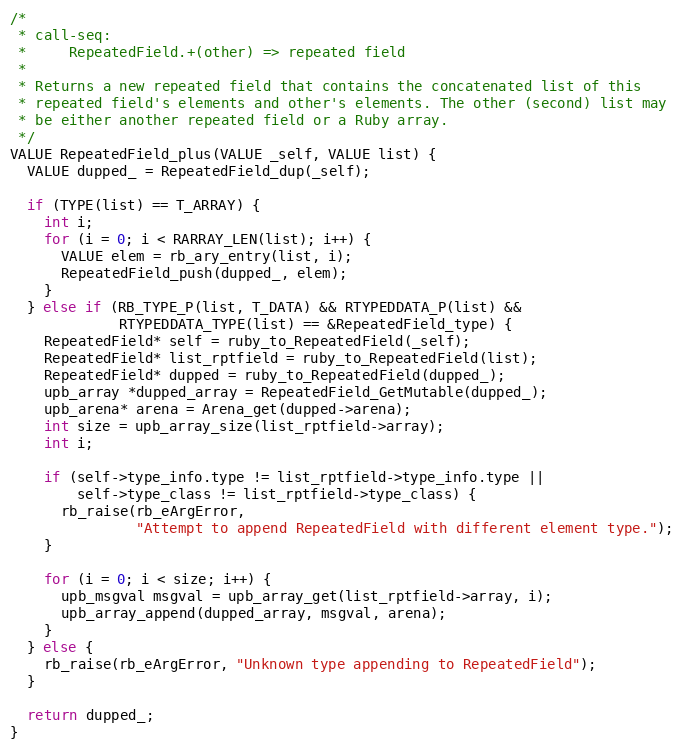
Language: C
/*
 * call-seq:
 *     RepeatedField.+(other) => repeated field
 *
 * Returns a new repeated field that contains the concatenated list of this
 * repeated field's elements and other's elements. The other (second) list may
 * be either another repeated field or a Ruby array.
 */
VALUE RepeatedField_plus(VALUE _self, VALUE list) {
  VALUE dupped_ = RepeatedField_dup(_self);

  if (TYPE(list) == T_ARRAY) {
    int i;
    for (i = 0; i < RARRAY_LEN(list); i++) {
      VALUE elem = rb_ary_entry(list, i);
      RepeatedField_push(dupped_, elem);
    }
  } else if (RB_TYPE_P(list, T_DATA) && RTYPEDDATA_P(list) &&
             RTYPEDDATA_TYPE(list) == &RepeatedField_type) {
    RepeatedField* self = ruby_to_RepeatedField(_self);
    RepeatedField* list_rptfield = ruby_to_RepeatedField(list);
    RepeatedField* dupped = ruby_to_RepeatedField(dupped_);
    upb_array *dupped_array = RepeatedField_GetMutable(dupped_);
    upb_arena* arena = Arena_get(dupped->arena);
    int size = upb_array_size(list_rptfield->array);
    int i;

    if (self->type_info.type != list_rptfield->type_info.type ||
        self->type_class != list_rptfield->type_class) {
      rb_raise(rb_eArgError,
               "Attempt to append RepeatedField with different element type.");
    }

    for (i = 0; i < size; i++) {
      upb_msgval msgval = upb_array_get(list_rptfield->array, i);
      upb_array_append(dupped_array, msgval, arena);
    }
  } else {
    rb_raise(rb_eArgError, "Unknown type appending to RepeatedField");
  }

  return dupped_;
}